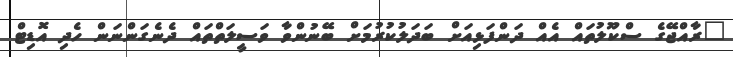
"ރާއްޖޭގެ ސްކޫލުތައް އެއް ދަންފަޅިއަށް ބަދަލުކުރުމަށް ބޭނުންވާ ވަސީލަތްތައް ދެނެގަންނަން ހެދި އޮޑިޓް